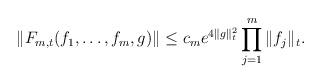
LaTeX: \begin{align*}\|F_{m,t}(f_1,\ldots,f_m,g)\|&\le c_m e^{4\|g\|_{t}^2}\prod_{j=1}^m{\|f_j\|_{t}}.\end{align*}